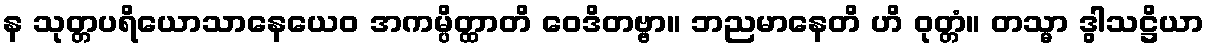
န သုတ္တပရိယောသာနေယေဝ အကမ္ပိတ္ထာတိ ဝေဒိတဗ္ဗာ။ ဘညမာနေတိ ဟိ ဝုတ္တံ။ တသ္မာ ဒွါသဋ္ဌိယာ